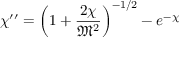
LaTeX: \chi ^ { \prime \prime } = \left( 1 + { \frac { 2 \chi } { { \mathfrak { M } } ^ { 2 } } } \right) ^ { - 1 / 2 } - e ^ { - \chi }